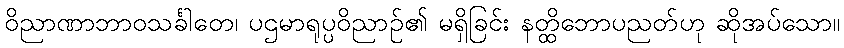
ဝိညာဏာဘာဝသင်္ခါတေ၊ ပဌမာရုပ္ပဝိညာဉ်၏ မရှိခြင်း နတ္ထိဘောပညတ်ဟု ဆိုအပ်သော။